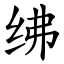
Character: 绋